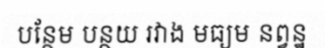
បន្ថែម បន្ថយ រវាង មធ្យម នព្វន្ឋ